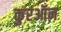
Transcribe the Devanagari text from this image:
कुरऑन